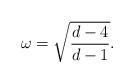
LaTeX: \begin{align*}\omega = \sqrt{\frac{d-4}{d-1}}.\end{align*}